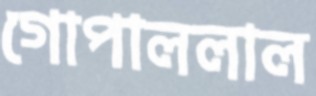
গোপাললাল